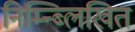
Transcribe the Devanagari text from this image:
निम्न्ब्लिखित